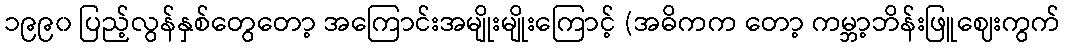
၁၉၉၀ ပြည့်လွန်နှစ်တွေတော့ အကြောင်းအမျိုးမျိုးကြောင့် (အဓိကက တော့ ကမ္ဘာ့ဘိန်းဖြူဈေးကွက်